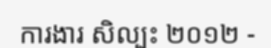
ការងារ សិល្បះ ២០១២ -